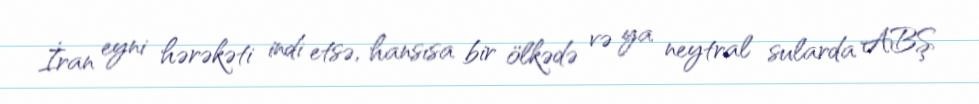
İran eyni hərəkəti indi etsə, hansısa bir ölkədə və ya neytral sularda ABŞ